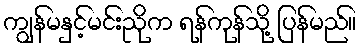
ကျွန်မနှင့်မင်းညိုက ရန်ကုန်သို့ ပြန်မည်။